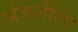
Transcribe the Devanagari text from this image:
अंजलीला